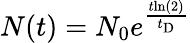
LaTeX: \begin{array}{r}{N(t)=N_{0}e^{\frac{t\mathrm{{ln}(2)}}{t_{\mathrm{{D}}}}}}\end{array}